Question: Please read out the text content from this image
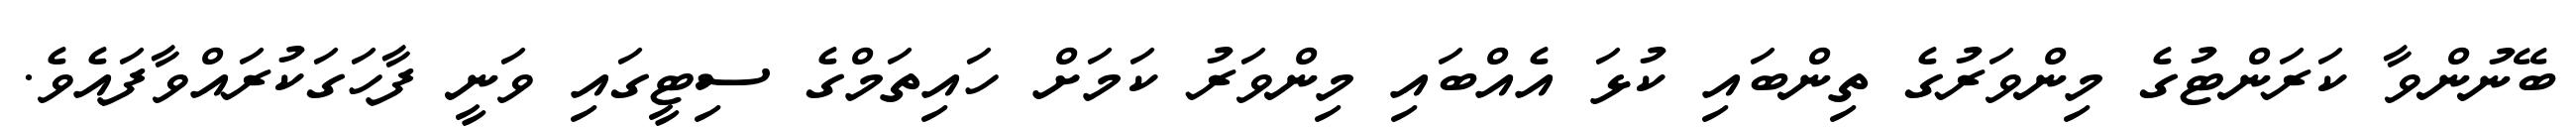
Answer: ބޭނުންވާ ކަރަންޓުގެ މިންވަރުގެ ތިންބައި ކުޅަ އެއްބައި މިންވަރު ކަމަށް ހައިތަމްގެ ސިޓީގައި ވަނީ ފާހަގަކުރައްވާފައެވެ.